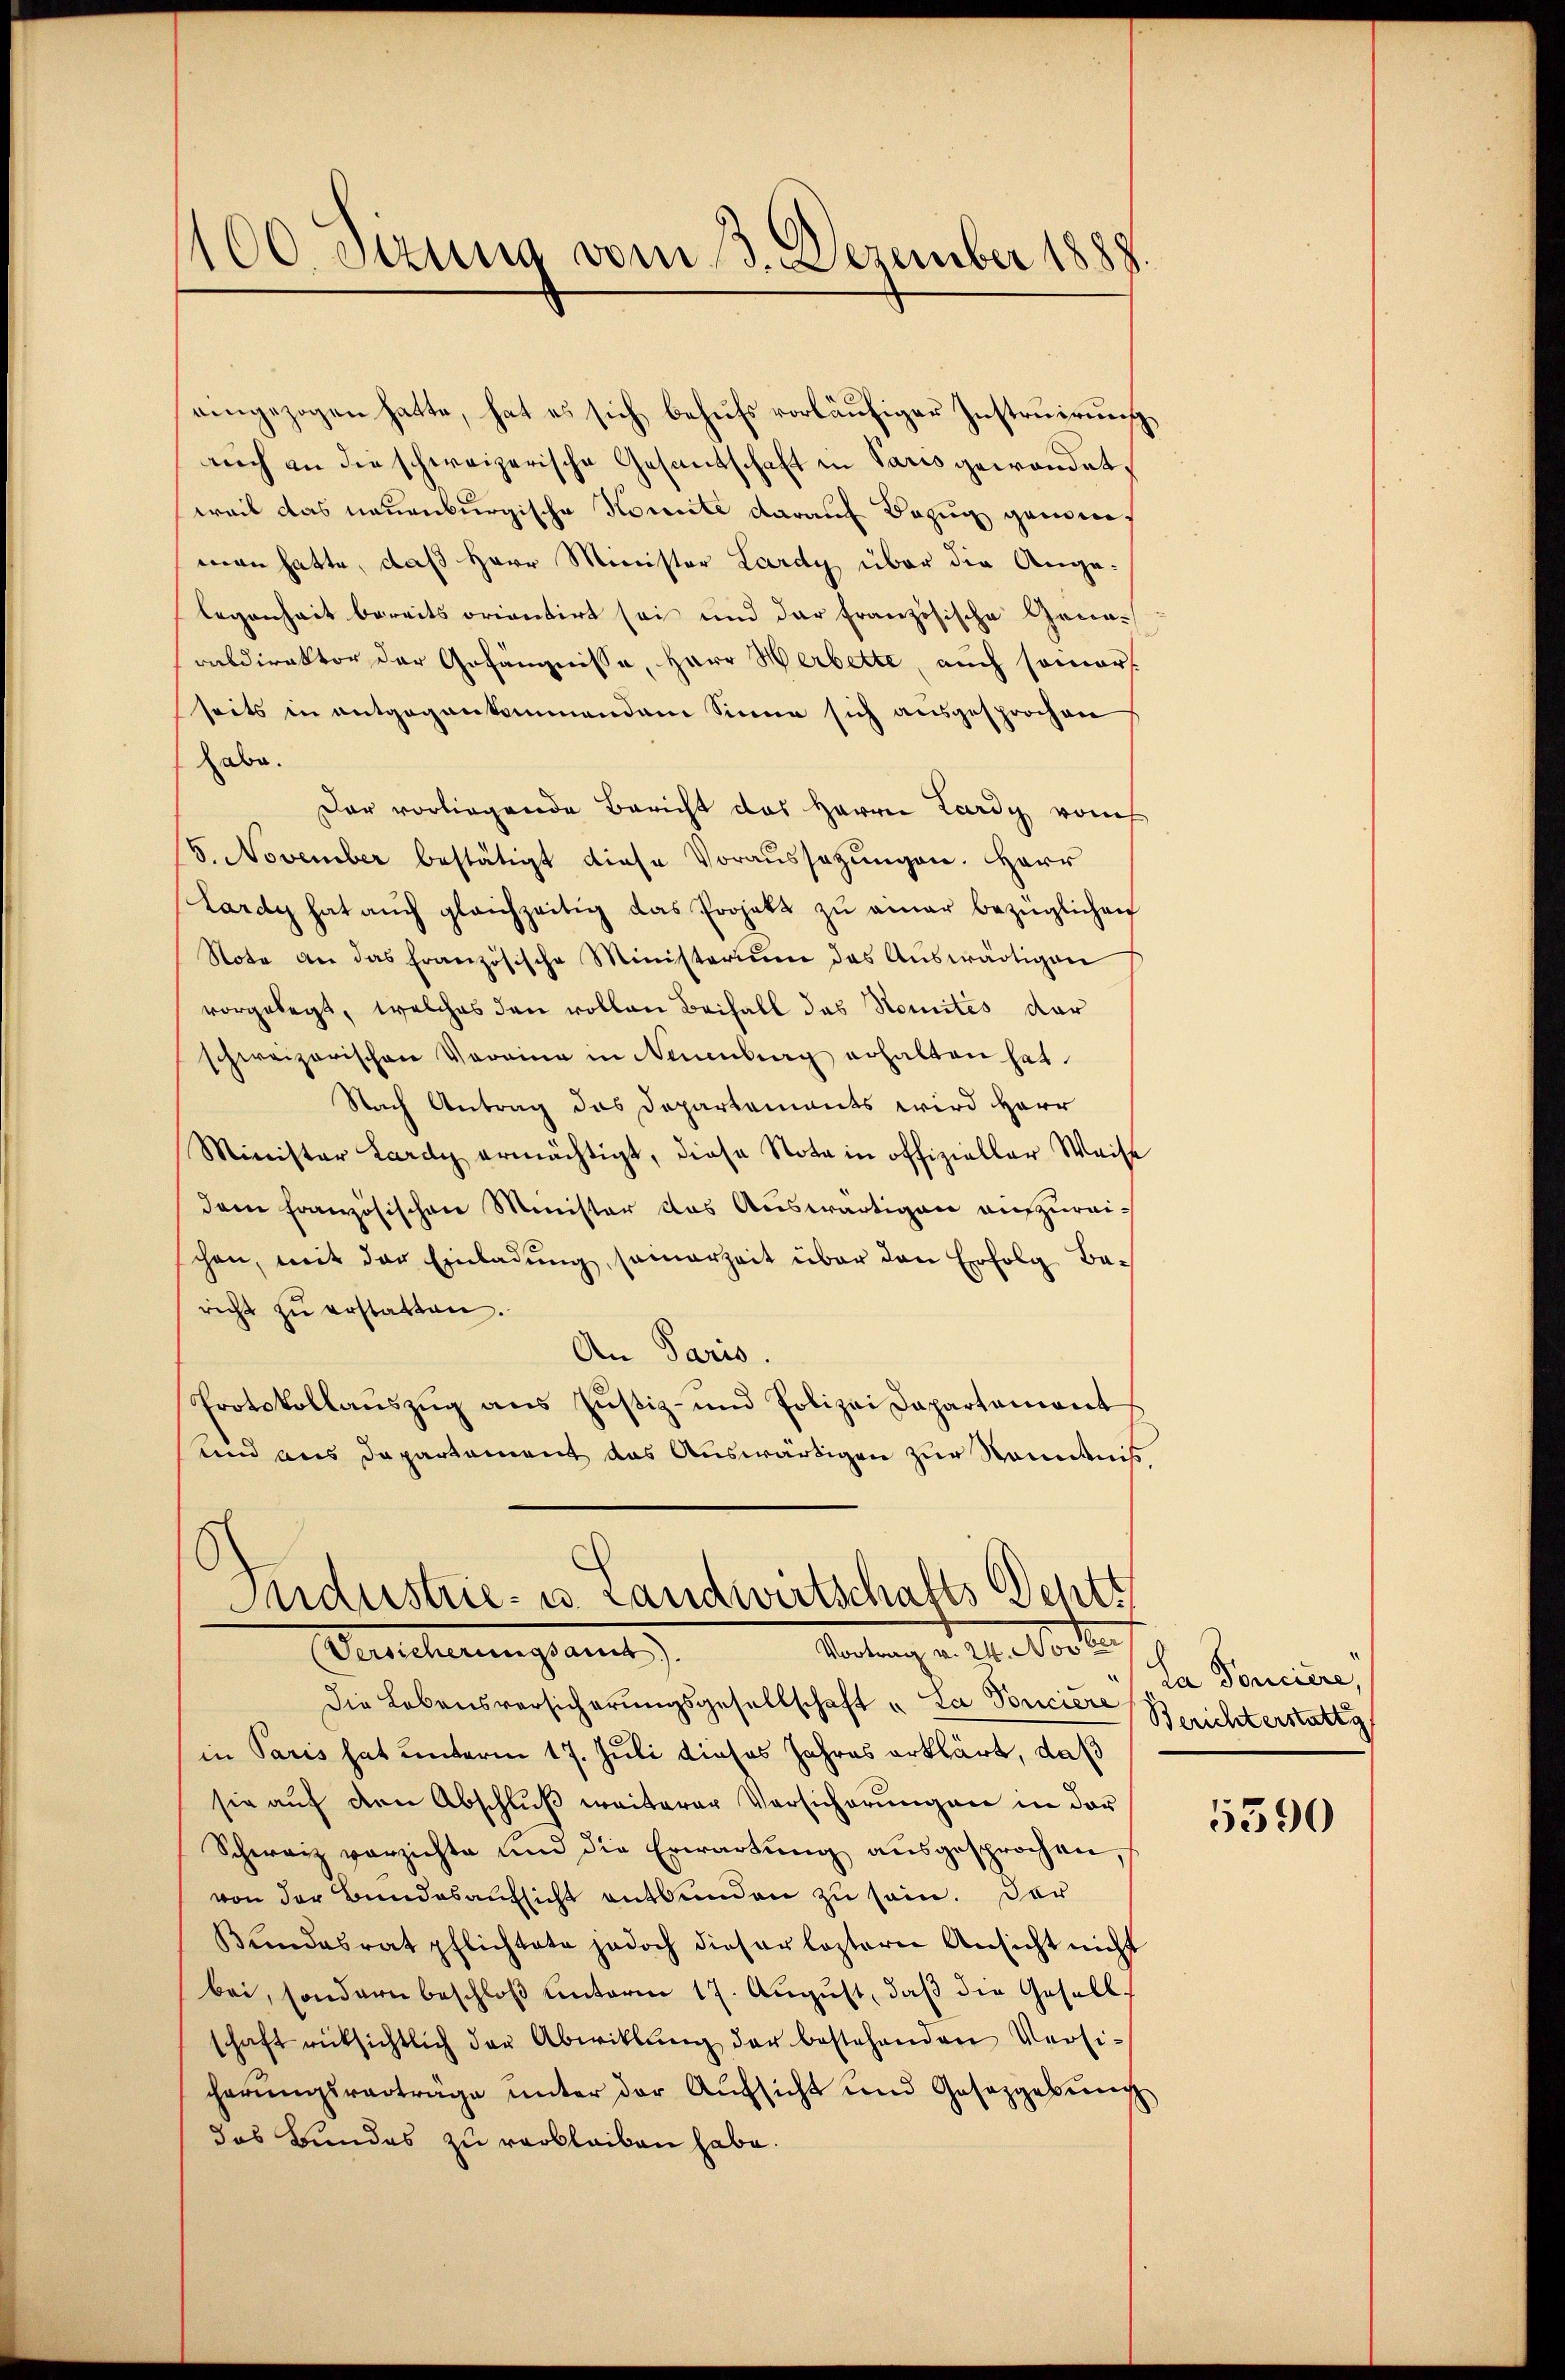
1100. anzung vom 13. Dezember 1888.

eingezogen hatte, hat es sich behufs vorläufiger Instruirung
auch an die schweizerische Gesantschaft in Paris gewandet,
weil das neuenburgische Komite darauf Bezug gendere.
men hatte, daß Herr Minister Lardy über die Angelegenheit bereits orientirt sei und der französische Gene-
raldirektor der Gefängnisse, Herr Werbette, auch somors
seits in entgegenkommendem Sinne sich ausgesprochen
habe.
Der vorliegende Bericht das Herren Lardy vom
S. November bestätigt diese Voraussetzungen. Herr
Lardy hat aŭch gleichzeitig das Projekt zŭ einer bezüglichen
Note an das französische Ministerium das Aŭswärtigen
vorgelegt, welches den vollen Beifall das Nomités dar
schweizerischen Vorrina in Neuenburg erhalten hat.
Nach Antrag das Departements wird Herr
Minister Lardy ermächtigt, diese Nota in offizieller Weise
dem französischen Minister das Auswärtigen aufzureichen, mit der Einladŭng, samerzeit über den Erfolg Be-
richt zŭ erstatten.
An Paris.
Protokollaŭszŭg ans Zŭstiz- und Polizei Dapartemont
und aus Departement das Auswärtigen zur Ständniß,

Industrie- u. Landwirtschafts Dehtt
Vortrag v. 24. Novber
Bercherungsamt

Die Lebensversicherungsgesellschaft „La Ponciere Berichterstattg
in Paris hat unterm 17. Juli dieses Jahres erklärt, daß
sie aŭf den Abschlŭβ weiterer Versicherŭngen in der
Schweiz verzichte und die Erwartung ausgesprochen,
von der Bundesaufsicht entbunden zu sein. Der
Bŭndesrat pflichtete jedoch dieser lezterer Ansicht nicht
bei, sondern beschloß unterm 17. August, daβ die Gesellschaft rücksichtlich der Abwiklŭng der bestehenden Versi-
cherŭngsverträge ŭnter der Aŭfsicht und Gesetzgebung
das Bundes zu verbleiben habe.

la Ponciere,

5390